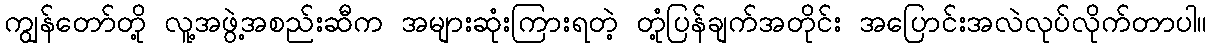
ကျွန်တော်တို့ လူ့အဖွဲ့အစည်းဆီက အများဆုံးကြားရတဲ့ တုံ့ပြန်ချက်အတိုင်း အပြောင်းအလဲလုပ်လိုက်တာပါ။